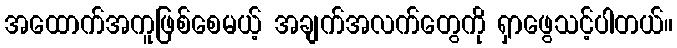
အထောက်အကူဖြစ်စေမယ့် အချက်အလက်တွေကို ရှာဖွေသင့်ပါတယ်။